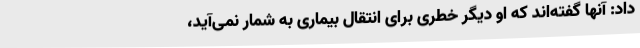
داد: آنها گفته‌اند که او دیگر خطری برای انتقال بیماری به شمار نمی‌آید،